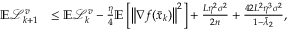
\begin{array} { r l } { \mathbb { E } \mathcal { L } _ { k + 1 } ^ { v } } & { \leq \mathbb { E } \mathcal { L } _ { k } ^ { v } - \frac { \eta } { 4 } \mathbb { E } \left[ \left\Vert \nabla f ( \bar { x } _ { k } ) \right\Vert ^ { 2 } \right] + \frac { L \eta ^ { 2 } \sigma ^ { 2 } } { 2 n } + \frac { 4 2 L ^ { 2 } \eta ^ { 3 } \sigma ^ { 2 } } { 1 - \tilde { \lambda } _ { 2 } } , } \end{array}